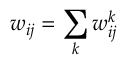
w _ { i j } = \sum _ { k } w _ { i j } ^ { k }